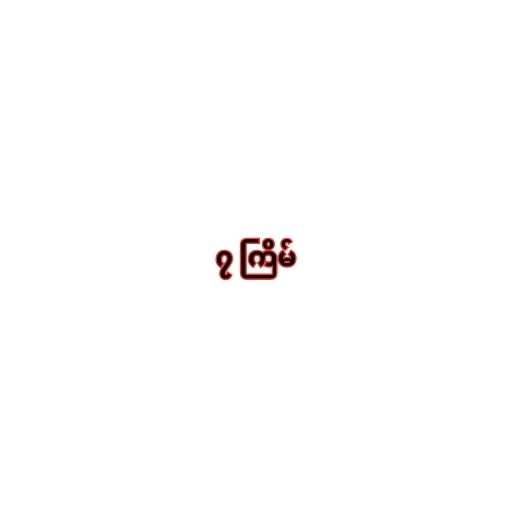
၇ ကြိမ်